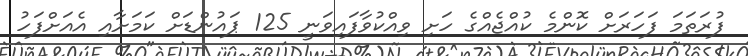
ފުރަތަމަ ފަހަރަށް ކޮންމެ ކުއްޖެއްގެ ހަށި ވިއްކުވާފައިވަނީ 125 ޕައުންޑަށް ކަމަށާއި އެއަށްފަހު